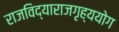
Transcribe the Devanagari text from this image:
राजविद्याराजगृह्ययोग